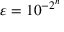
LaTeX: \varepsilon = 1 0 ^ { - 2 ^ { n } }